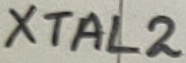
Text: XTAL2